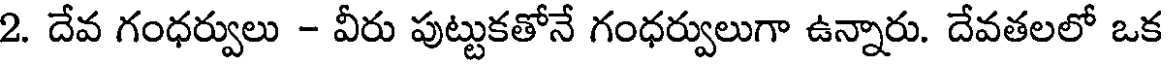
2. దేవ గంధర్వులు - వీరు పుట్టుకతోనే గంధర్వులుగా ఉన్నారు. దేవతలలో ఒక